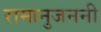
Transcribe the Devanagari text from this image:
रामानुजननी